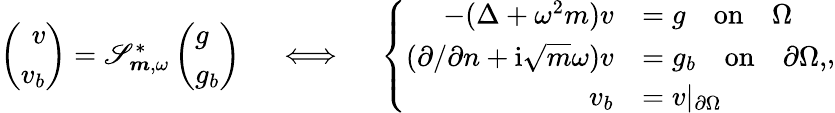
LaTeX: \begin{array}{r}{\left(\begin{array}{r}{v}\\ {v_{b}}\end{array}\right)=\mathscr{S}_{\boldsymbol{m},\omega}^{*}\left(\begin{array}{l}{g}\\ {g_{b}}\end{array}\right)\quad\iff\quad\left\{ \begin{array}{rl}{-(\Delta+\omega^{2}{m})v}&{=g\quad\mathrm{on}\quad\Omega}\\ {(\partial/\partial n+\mathrm{i}\sqrt{m}\omega)v}&{=g_{b}\quad\mathrm{on}\quad\partial\Omega,}\\ {v_{b}}&{=v\vert_{\partial\Omega}}\end{array}\right.,}\end{array}